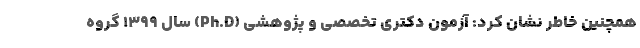
همچنین خاطر نشان کرد: آزمون دکتری تخصصی و پژوهشی (Ph.D) سال ۱۳۹۹ گروه